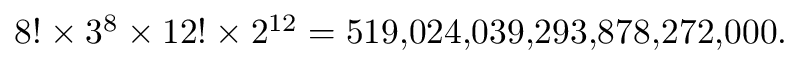
{ 8 ! \times 3 ^ { 8 } \times 1 2 ! \times 2 ^ { 1 2 } } = 5 1 9 { , } 0 2 4 { , } 0 3 9 { , } 2 9 3 { , } 8 7 8 { , } 2 7 2 { , } 0 0 0 .